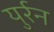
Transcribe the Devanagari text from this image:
युर्रन